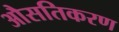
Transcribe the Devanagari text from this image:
औसतिकरण